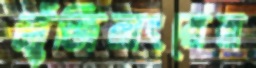
জুঁজিয়াংয়ের